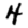
Digit: 4